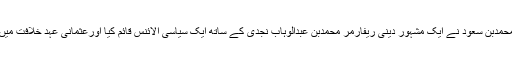
اٹھارویں صدی کے وسط میں محمدبن سعود نے ایک مشہور دینی ریفارمر محمدبن عبدالوہاب نجدی کے ساتھ ایک سیاسی الائنس قائم کیا اورعثمانی عہدِ خلافت میں طاقت کے طور پر سامنے آیا۔